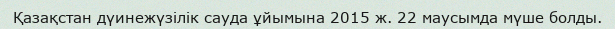
Қазақстан дүинежүзілік сауда ұйымына 2015 ж. 22 маусымда мүше болды.